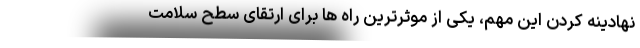
نهادینه کردن این مهم، یکی از موثرترین راه ها برای ارتقای سطح سلامت